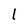
Character: 1